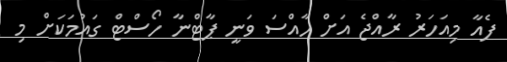
ފެއާ މިއަހަރު ރާއްޖެ އަށް ހާއްސަ ވަނީ ޕާޓްނާ ހޯސްޓް ގައުމަކަށް މި